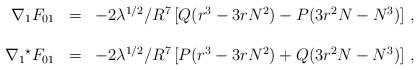
LaTeX: \begin{align*}\begin{array}{rcl}\nabla_{1}F_{01} & = & -2\lambda^{1/2}/ R^{7} \left[ Q(r^{3}-3rN^{2})-P(3r^{2}N -N^{3})\right]\, ,\\& & \\\nabla_{1}{}^{\star}F_{01} & = & -2\lambda^{1/2}/ R^{7} \left[ P(r^{3}-3rN^{2})+Q(3r^{2}N -N^{3})\right]\, ,\\\end{array}\end{align*}